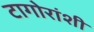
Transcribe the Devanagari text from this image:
टागोरांशी